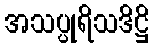
အသပ္ပုရိသဒိဋ္ဌိ